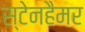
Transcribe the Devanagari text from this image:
स्टेनहैमर